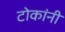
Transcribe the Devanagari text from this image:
टोकांनी